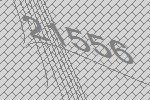
21556